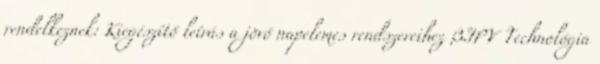
rendelkeznek: Kiegészítő leírás a jövő napelemes rendszereihez BIPV Technológia